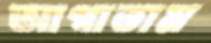
আগাতাম